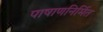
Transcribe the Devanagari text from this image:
पाषाणनिर्मित